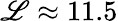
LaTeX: \mathscr{L}\approx11.5